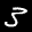
Label: 3